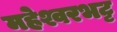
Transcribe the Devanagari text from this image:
महेश्वरभट्ट